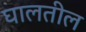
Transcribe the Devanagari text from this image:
घालतील